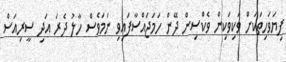
ފިޔަވަހިތަކަށް ވަކިވަކިން ވެކްސިން ދޭން ހަމަޖައްސާފައިވި ނަމަވެސް ހާލު ދެރަ އަދި ސީރިއަސް